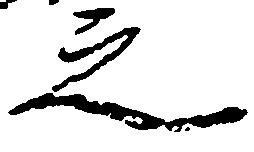
之